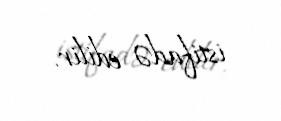
istifadə edilir.